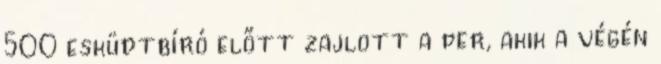
500 esküdtbíró előtt zajlott a per, akik a végén